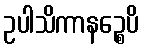
ဥပါသိကာနဉ္စေပိ